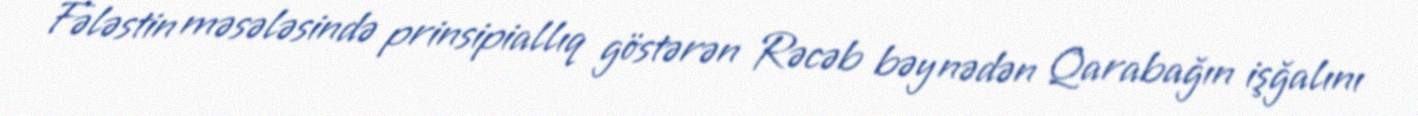
Fələstin məsələsində prinsipiallıq göstərən Rəcəb bəy nədən Qarabağın işğalını